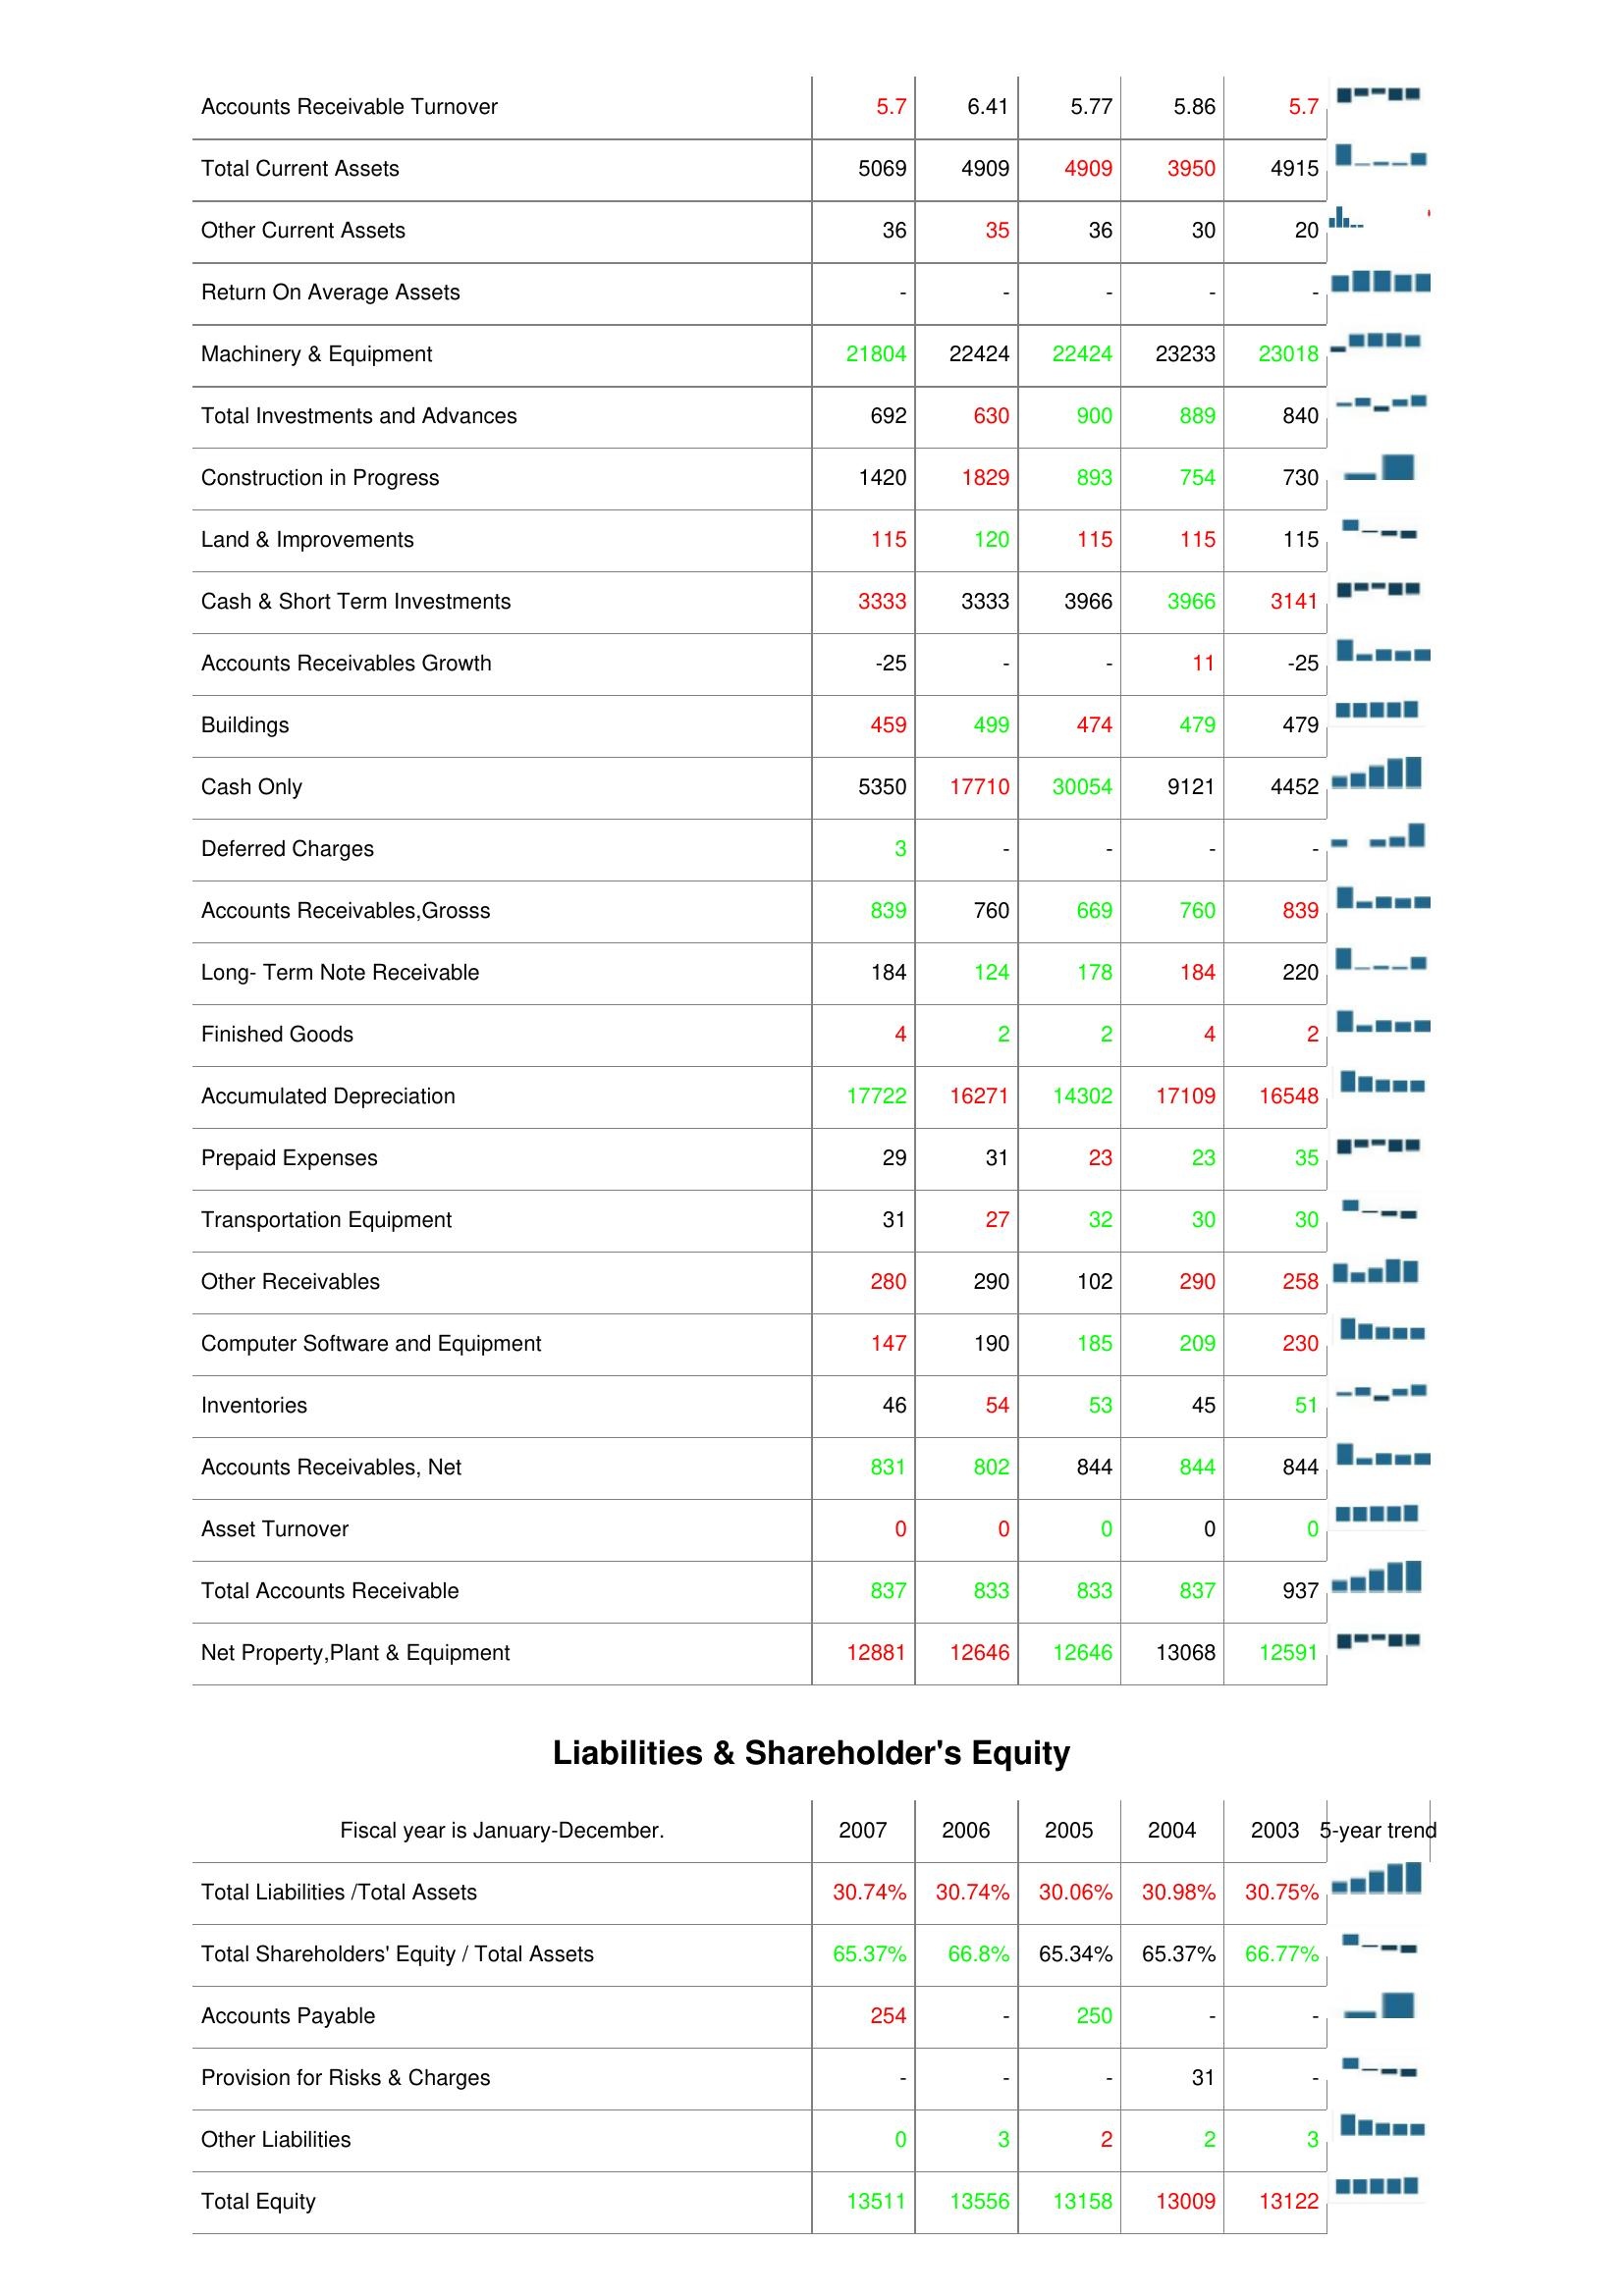
2007: Assets: Accounts Receivable Turnover: 5.7
Total Current Assets: 5069
Other Current Assets: 36
Return On Average Assets: -
Machinery & Equipment: 21804
Total Investments and Advances: 692
Construction in Progress: 1420
Land & Improvements: 115
Cash & Short Term Investments: 3333
Accounts Receivables Growth: -25
Buildings: 459
Cash Only: 5350
Deferred Charges: 3
Accounts Receivables,Grosss: 839
Long- Term Note Receivable: 184
Finished Goods: 4
Accumulated Depreciation: 17722
Prepaid Expenses: 29
Transportation Equipment: 31
Other Receivables: 280
Computer Software and Equipment: 147
Inventories: 46
Accounts Receivables, Net: 831
Asset Turnover: 0
Total Accounts Receivable: 837
Net Property,Plant & Equipment: 12881
Liabilities & Shareholder's Equity: Total Liabilities /Total Assets: 30.74%
Total Shareholders' Equity / Total Assets: 65.37%
Accounts Payable: 254
Provision for Risks & Charges: -
Other Liabilities: 0
Total Equity: 13511
2006: Assets: Accounts Receivable Turnover: 6.41
Total Current Assets: 4909
Other Current Assets: 35
Return On Average Assets: -
Machinery & Equipment: 22424
Total Investments and Advances: 630
Construction in Progress: 1829
Land & Improvements: 120
Cash & Short Term Investments: 3333
Accounts Receivables Growth: -
Buildings: 499
Cash Only: 17710
Deferred Charges: -
Accounts Receivables,Grosss: 760
Long- Term Note Receivable: 124
Finished Goods: 2
Accumulated Depreciation: 16271
Prepaid Expenses: 31
Transportation Equipment: 27
Other Receivables: 290
Computer Software and Equipment: 190
Inventories: 54
Accounts Receivables, Net: 802
Asset Turnover: 0
Total Accounts Receivable: 833
Net Property,Plant & Equipment: 12646
Liabilities & Shareholder's Equity: Total Liabilities /Total Assets: 30.74%
Total Shareholders' Equity / Total Assets: 66.8%
Accounts Payable: -
Provision for Risks & Charges: -
Other Liabilities: 3
Total Equity: 13556
2005: Assets: Accounts Receivable Turnover: 5.77
Total Current Assets: 4909
Other Current Assets: 36
Return On Average Assets: -
Machinery & Equipment: 22424
Total Investments and Advances: 900
Construction in Progress: 893
Land & Improvements: 115
Cash & Short Term Investments: 3966
Accounts Receivables Growth: -
Buildings: 474
Cash Only: 30054
Deferred Charges: -
Accounts Receivables,Grosss: 669
Long- Term Note Receivable: 178
Finished Goods: 2
Accumulated Depreciation: 14302
Prepaid Expenses: 23
Transportation Equipment: 32
Other Receivables: 102
Computer Software and Equipment: 185
Inventories: 53
Accounts Receivables, Net: 844
Asset Turnover: 0
Total Accounts Receivable: 833
Net Property,Plant & Equipment: 12646
Liabilities & Shareholder's Equity: Total Liabilities /Total Assets: 30.06%
Total Shareholders' Equity / Total Assets: 65.34%
Accounts Payable: 250
Provision for Risks & Charges: -
Other Liabilities: 2
Total Equity: 13158
2004: Assets: Accounts Receivable Turnover: 5.86
Total Current Assets: 3950
Other Current Assets: 30
Return On Average Assets: -
Machinery & Equipment: 23233
Total Investments and Advances: 889
Construction in Progress: 754
Land & Improvements: 115
Cash & Short Term Investments: 3966
Accounts Receivables Growth: 11
Buildings: 479
Cash Only: 9121
Deferred Charges: -
Accounts Receivables,Grosss: 760
Long- Term Note Receivable: 184
Finished Goods: 4
Accumulated Depreciation: 17109
Prepaid Expenses: 23
Transportation Equipment: 30
Other Receivables: 290
Computer Software and Equipment: 209
Inventories: 45
Accounts Receivables, Net: 844
Asset Turnover: 0
Total Accounts Receivable: 837
Net Property,Plant & Equipment: 13068
Liabilities & Shareholder's Equity: Total Liabilities /Total Assets: 30.98%
Total Shareholders' Equity / Total Assets: 65.37%
Accounts Payable: -
Provision for Risks & Charges: 31
Other Liabilities: 2
Total Equity: 13009
2003: Assets: Accounts Receivable Turnover: 5.7
Total Current Assets: 4915
Other Current Assets: 20
Return On Average Assets: -
Machinery & Equipment: 23018
Total Investments and Advances: 840
Construction in Progress: 730
Land & Improvements: 115
Cash & Short Term Investments: 3141
Accounts Receivables Growth: -25
Buildings: 479
Cash Only: 4452
Deferred Charges: -
Accounts Receivables,Grosss: 839
Long- Term Note Receivable: 220
Finished Goods: 2
Accumulated Depreciation: 16548
Prepaid Expenses: 35
Transportation Equipment: 30
Other Receivables: 258
Computer Software and Equipment: 230
Inventories: 51
Accounts Receivables, Net: 844
Asset Turnover: 0
Total Accounts Receivable: 937
Net Property,Plant & Equipment: 12591
Liabilities & Shareholder's Equity: Total Liabilities /Total Assets: 30.75%
Total Shareholders' Equity / Total Assets: 66.77%
Accounts Payable: -
Provision for Risks & Charges: -
Other Liabilities: 3
Total Equity: 13122